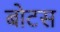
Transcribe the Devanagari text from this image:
बोटस